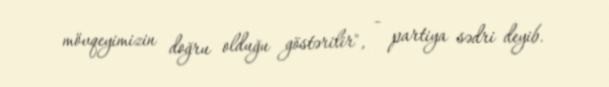
mövqeyimizin doğru olduğu göstərilir", - partiya sədri deyib.